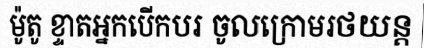
ម៉ូតូ ខ្ទាតអ្នកបើកបរ ចូលក្រោមរថយន្ត